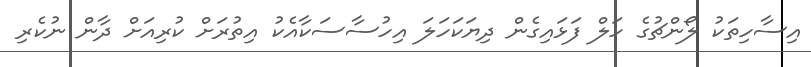
އިސާހިތަކު ލޯންޗުގެ ހަލް ފަޅައިގެން ދިޔަކަހަލަ އިހުސާސަކާއެކު އިތުރަށް ކުރިއަށް ދާން ނުކެރި